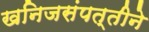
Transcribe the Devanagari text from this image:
खनिजसंपत्तीने